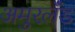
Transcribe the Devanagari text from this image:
अमुरलँंड